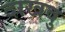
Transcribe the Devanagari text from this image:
दाखवु